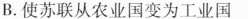
B.使苏联从农业国变为工业国